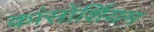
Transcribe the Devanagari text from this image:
कांसोर्शियम